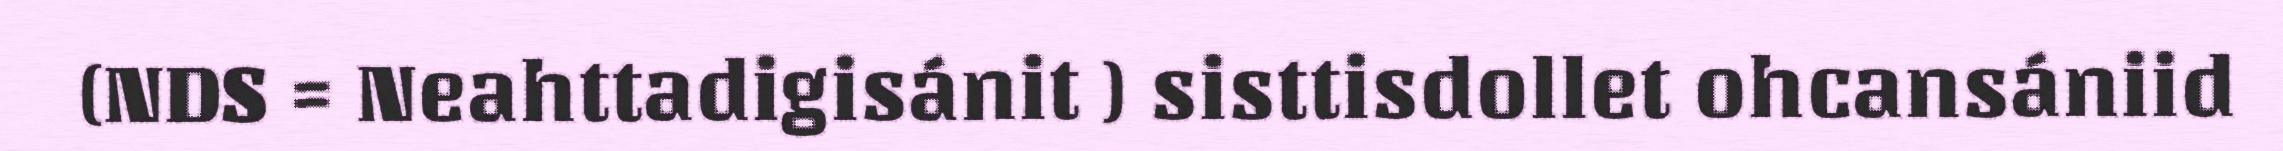
(NDS = Neahttadigisánit ) sisttisdollet ohcansániid